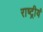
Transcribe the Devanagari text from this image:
राष्ट्रीयं